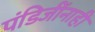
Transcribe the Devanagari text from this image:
पंडिजींनाही